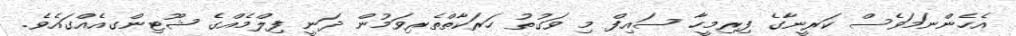
އެހެންނަމަވެސް ކަރީނާގެ ފިރިމީހާ ސައިފް މި ވަގުތު ހަރަކާތްތެރިވަމުން ދަނީ ފިލްމެއްގެ ޝޫޓިންގއެއްގައެވެ.